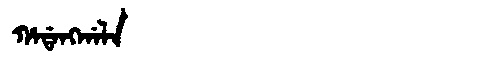
Manchu: ᡥᠠᡩᠠᠩᡤᠠᠯᠠ
Romanization: HADANGGALA